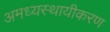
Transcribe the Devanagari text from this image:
अमध्यस्थायीकरण